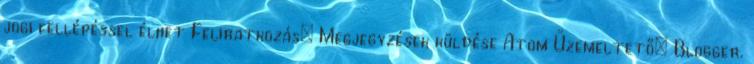
jogi fellépéssel élhet Feliratkozás: Megjegyzések küldése Atom Üzemeltető: Blogger.